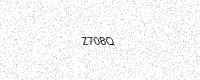
Text: Z708Q